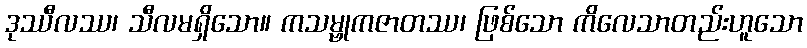
ဒုဿီလဿ၊ သီလမရှိသော။ ကသမ္ဗုကဇာတဿ၊ ဖြစ်သော ကိလေသာတည်းဟူသော